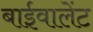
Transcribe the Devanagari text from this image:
बाईवालेंट